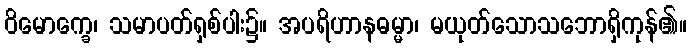
ဝိမောက္ခေ၊ သမာပတ်ရှစ်ပါး၌။ အပရိဟာနဓမ္မာ၊ မယုတ်သောသဘောရှိကုန်၏။